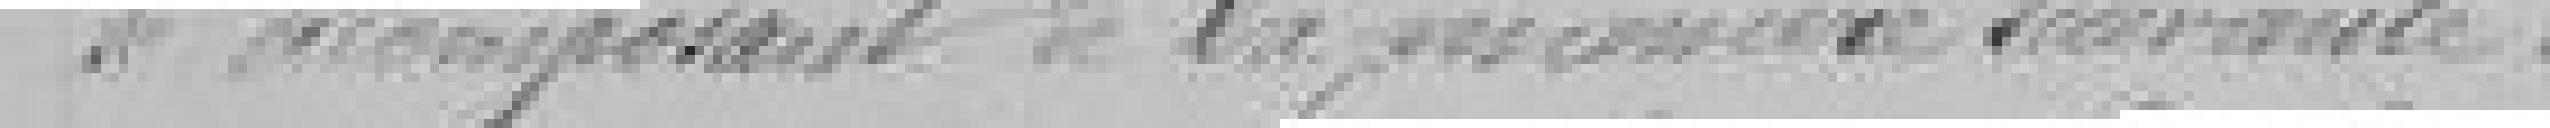
se composant de la manière suivante :